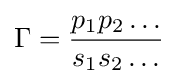
\Gamma ={\frac {p_{1}p_{2}\ldots }{s_{1}s_{2}\ldots }}